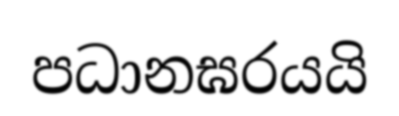
පධානඝරයයි